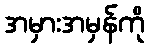
အမှားအမှန်ကို